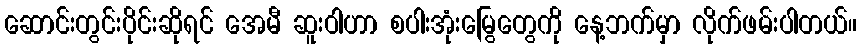
ဆောင်းတွင်းပိုင်းဆိုရင် အေမီ ဆူးဝါဟာ စပါးအုံးမြွေတွေကို နေ့ဘက်မှာ လိုက်ဖမ်းပါတယ်။